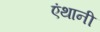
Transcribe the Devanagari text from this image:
एंथानी